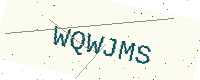
Text: WQWJMS